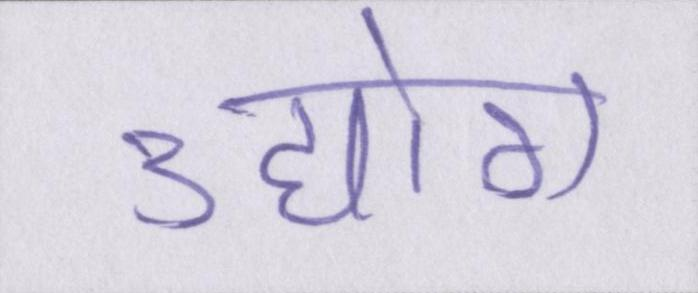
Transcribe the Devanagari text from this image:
उद्योग